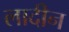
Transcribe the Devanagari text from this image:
लादीन